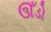
ઊઁડો